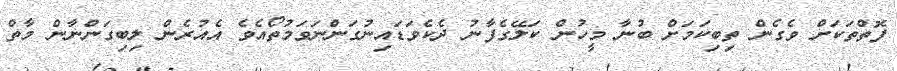
ފޮތްތަކަށް ވެގެން ތިބިކަމަށް ބުނާ މީހުން ކަލޭގެފާނު ދެކެވަޑައިނުގަންނަވަމުތޯއެވެ އެއުރެން ލިބިގަންނާން މާތް